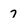
Character: 7